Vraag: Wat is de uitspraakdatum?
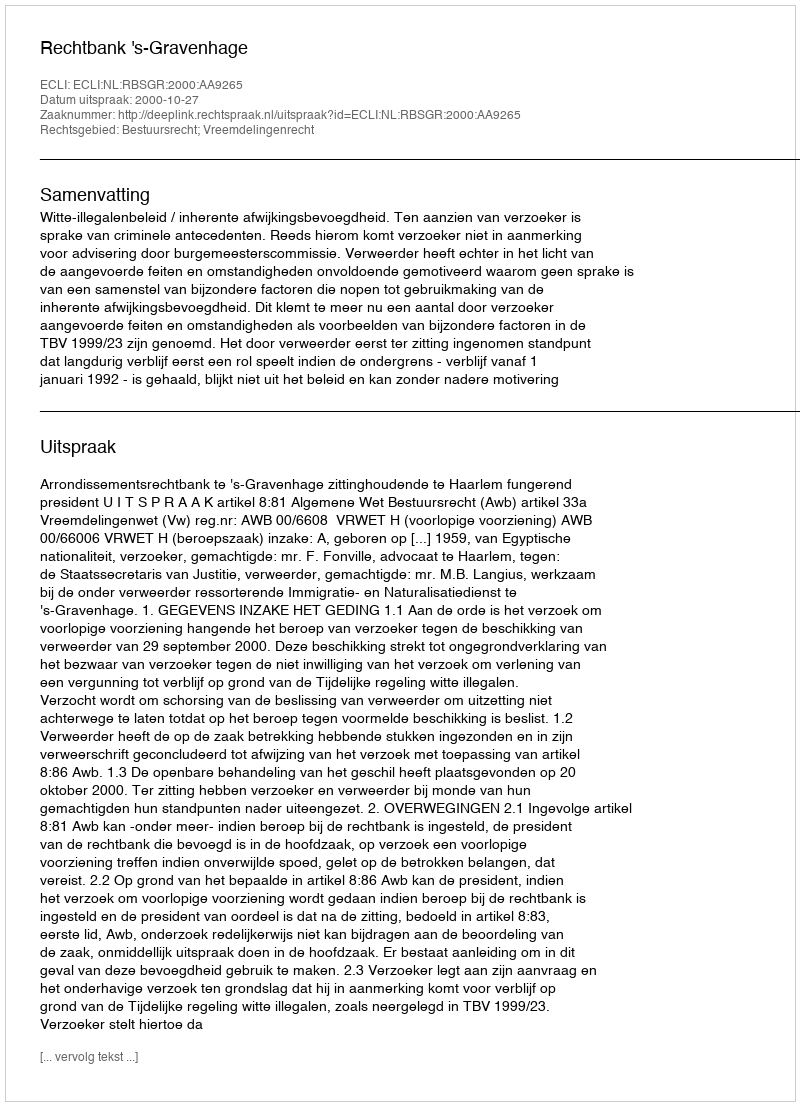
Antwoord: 2000-10-27